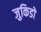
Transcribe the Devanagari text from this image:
जुकिडो